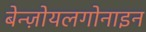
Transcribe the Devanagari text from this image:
बेन्ज़ोयलगोनाइन